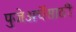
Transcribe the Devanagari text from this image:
पुजेअर्चेसाठी